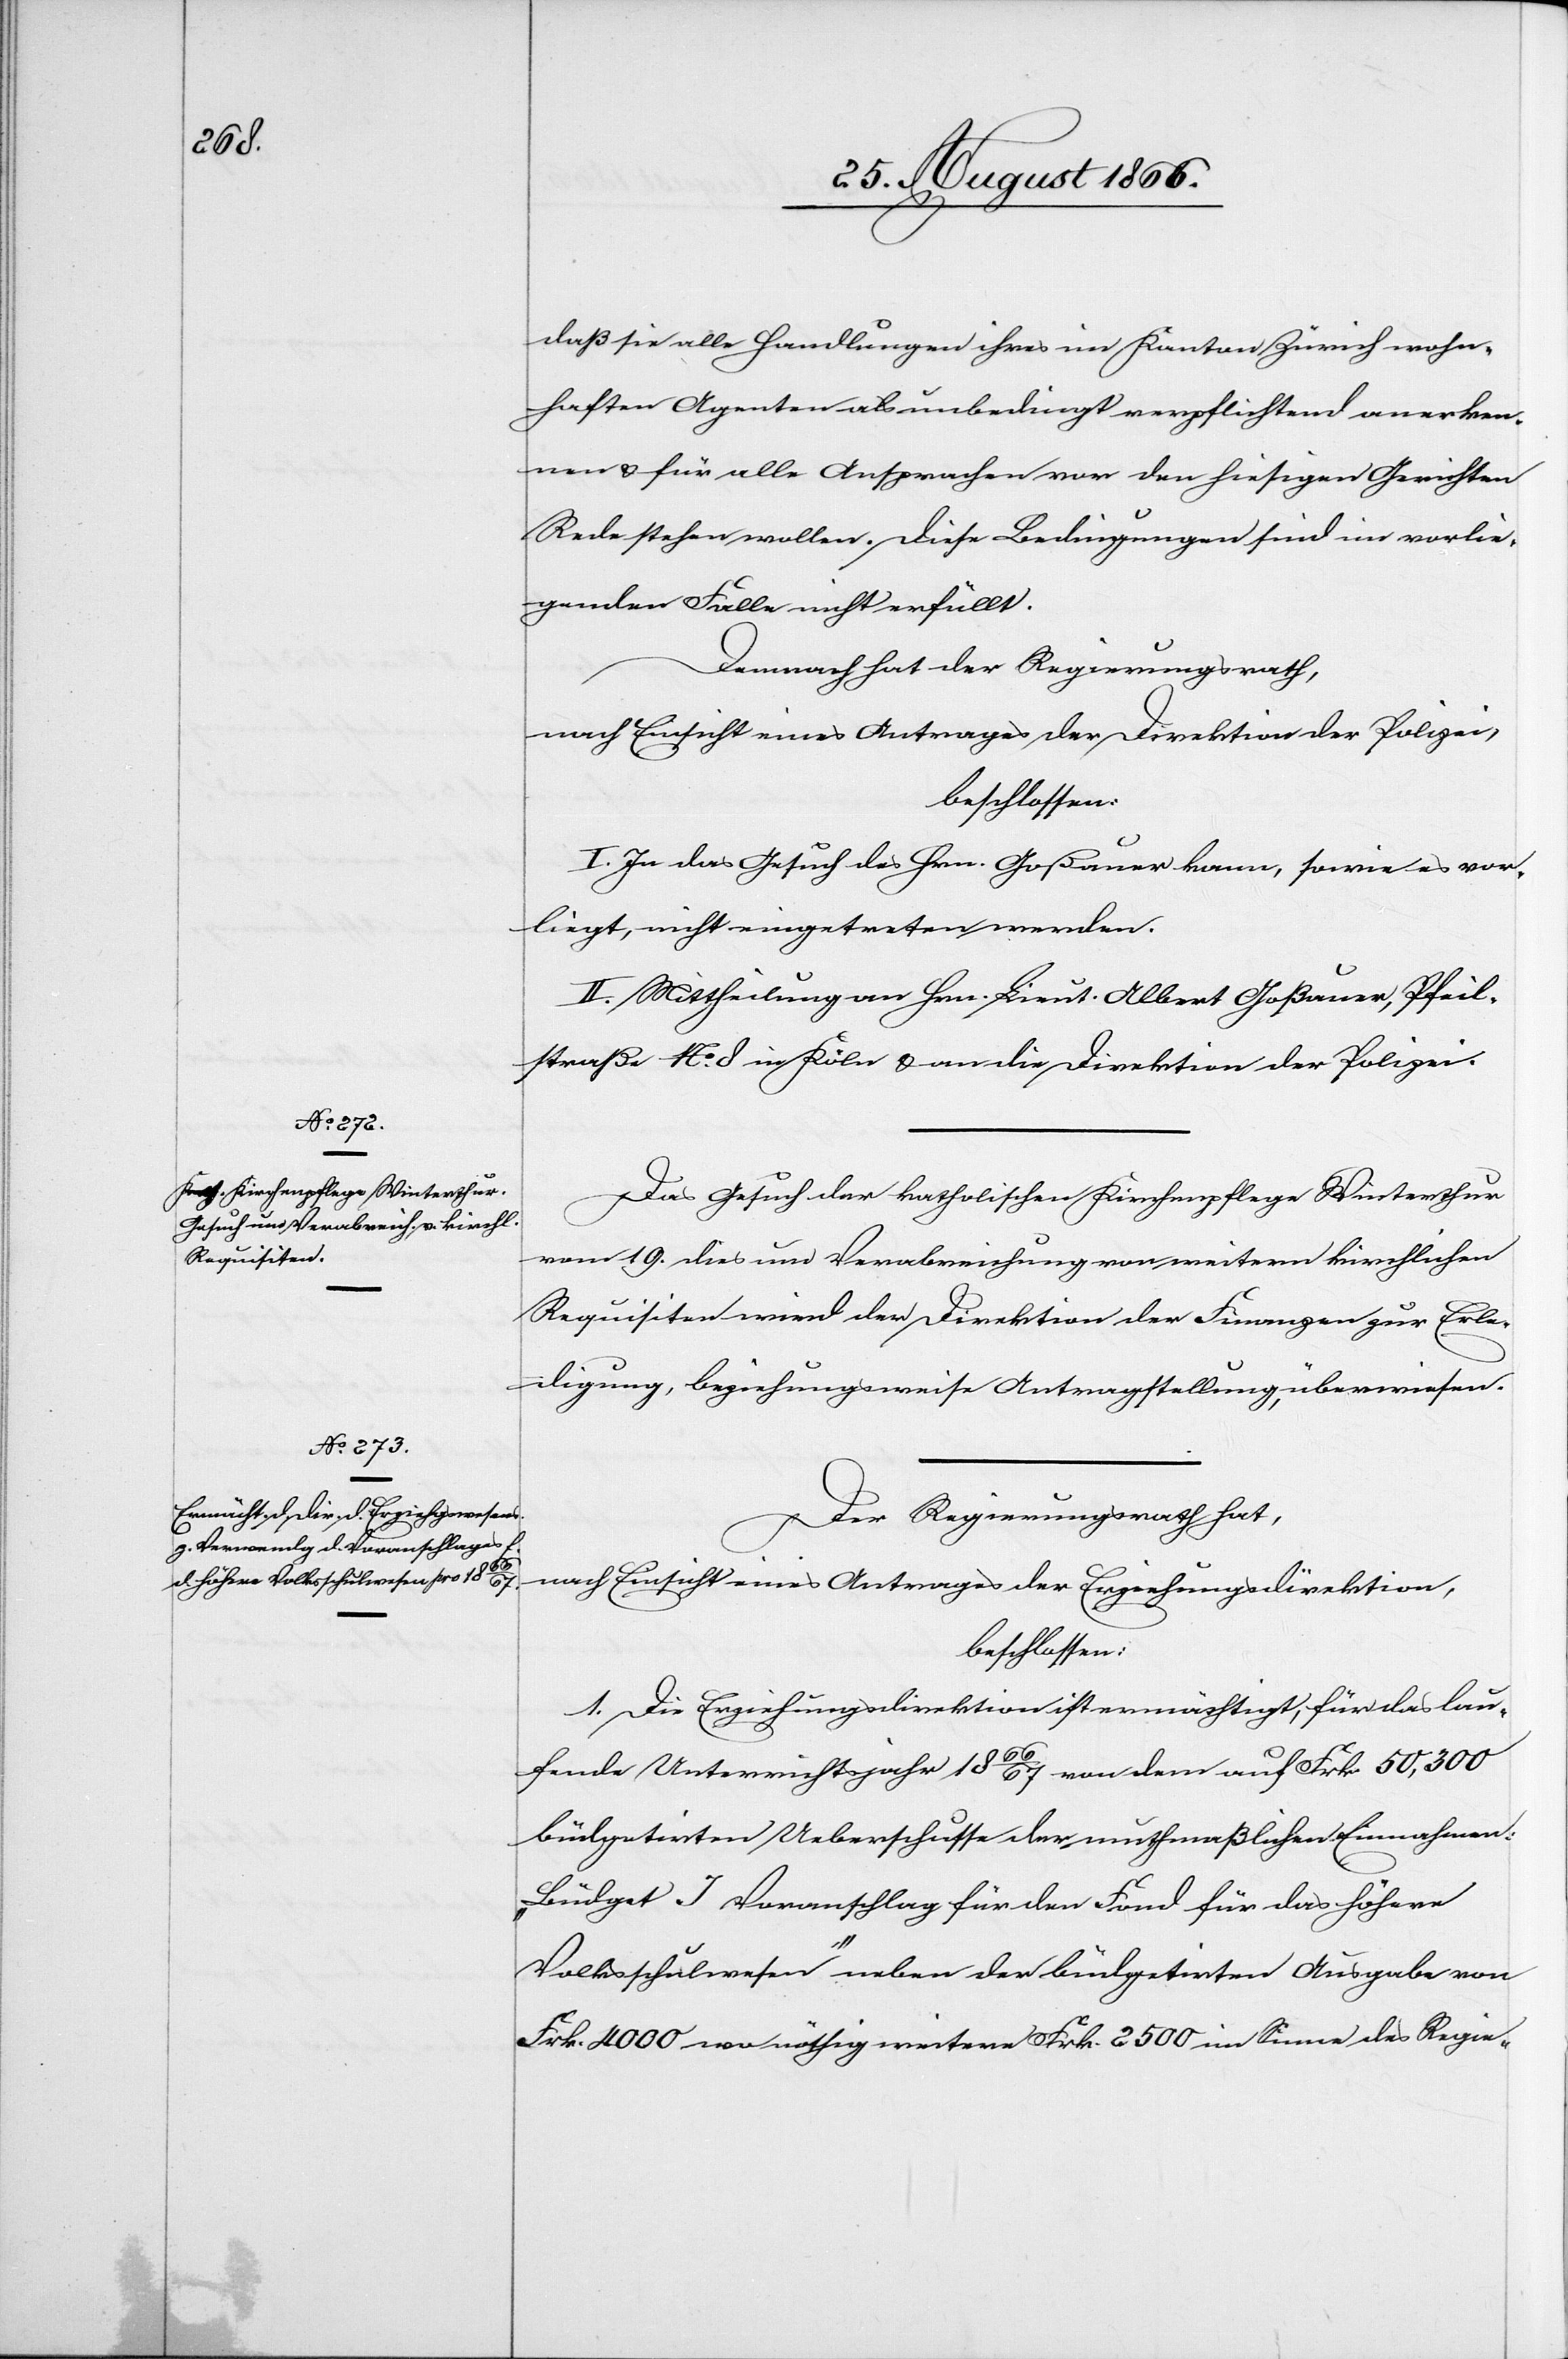
daß sie alle Handlungen ihres im Kanton Zürich wohn¬
haften Agenten als unbedingt verpflichtend anerken¬
nen u. für alle Ansprachen vor den hiesigen Gerichten
Rede stehen wollen. Diese Bedingungen sind im vorlie¬
genden Falle nicht erfüllt.
Demnach hat der Regierungsrath,
nach Einsicht eines Antrages der Direktion der Polizei,
beschlossen:
I. In das Gesuch des Hrn. Goßauer kann, sowie es vor¬
liegt, nicht eingetreten werden.
II. Mittheilung an Hrn. Lieut. Albert Goßauer, Pfeil¬
straße No. 8 in Köln u. an die Direktion der Polizei.
Das Gesuch der katholischen Kirchenpflege Winterthur
vom 19. dies um Verabreichung von weitern kirchlichen
Requisiten wird der Direktion der Finanzen zur Erle¬
digung, beziehungsweise Antragstellung überwiesen.
Der Regierungsrath hat,
nach Einsicht eines Antrages der Erziehungsdirektion,
beschlossen:
1. Die Erziehungsdirektion ist ermächtigt, für das lau¬
fende Unterrichtsjahr 1866/67 von dem auf Frk. 50 300
büdgetirten Ueberschusse der muthmaßlichen Einnahmen:
„Büdget J Voranschlag für den Fond für das höhere
Volksschulwesen“ neben der büdgetirten Ausgabe von
Frk. 4000 wo nöthig weitere Frk. 2500 im Sinne des Regie-